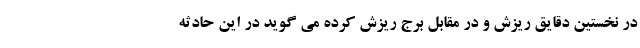
در نخستین دقایق ریزش و در مقابل برج ریزش کرده می گوید در این حادثه